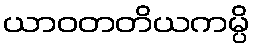
ယာဝတတိယကမ္ပိ